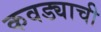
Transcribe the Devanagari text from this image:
कवड्याची